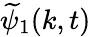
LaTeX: \widetilde{\psi}_{1}(k,t)